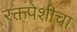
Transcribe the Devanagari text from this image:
रक्तपेशीचा